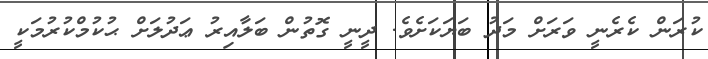
ކުރަން ކެރެނީ ވަރަށް މަދު ބަޔަކަށެވެ. ދީނީ ގޮތުން ބަލާއިރު ޢަދުލަށް ޙުކުމްކުރުމަކީ